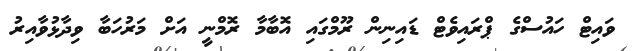
ވައިޓް ހައުސްގެ ޕްރައިވެޓް ޑައިނިން ރޫމްގައި އޮބާމާ ރޮމްނީ އަށް މަރުހަބާ ވިދާޅުވާއިރު